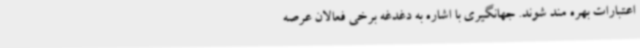
اعتبارات بهره مند شوند. جهانگیری با اشاره به دغدغه برخی فعالان عرصه